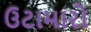
ઉટામારો